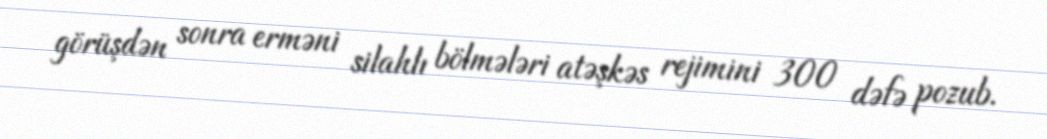
görüşdən sonra erməni silahlı bölmələri atəşkəs rejimini 300 dəfə pozub.